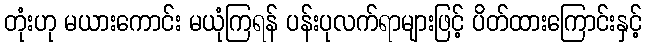
တုံးဟု မယားကောင်း မယုံကြရန် ပန်းပုလက်ရာများဖြင့် ပိတ်ထားကြောင်းနှင့်